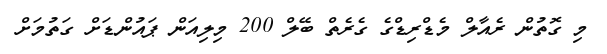
މި ގޮތުން ރެއާލް މެޑްރިޑްގެ ގެރެތް ބޭލް 200 މިލިއަން ޕައުންޑަށް ގަތުމަށް